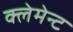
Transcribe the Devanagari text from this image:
क्लेमेन्ट